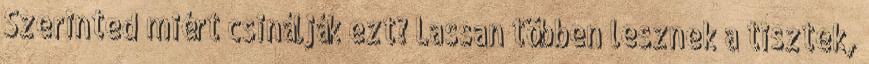
Szerinted miért csinálják ezt? Lassan többen lesznek a tisztek,